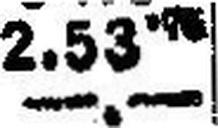
—.—